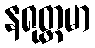
နရုတ္တမာ